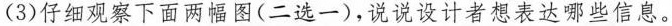
(3)仔细观察下面两幅图(二选一)，说说设计者想表达哪些信息。